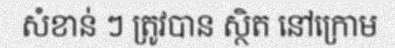
សំខាន់ ៗ ត្រូវបាន ស្ថិត នៅក្រោម